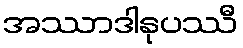
အဿာဒါနုပဿီ